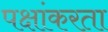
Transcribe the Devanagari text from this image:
पक्षांकरता